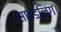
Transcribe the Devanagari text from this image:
साइडलिंग